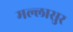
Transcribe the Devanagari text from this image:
मल्लासुर